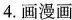
4.画漫画